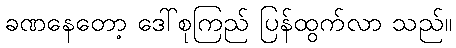
ခဏနေတော့ ဒေါ်စုကြည် ပြန်ထွက်လာ သည်။